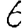
Digit: 6